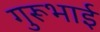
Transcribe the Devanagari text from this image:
गुरूभाई